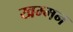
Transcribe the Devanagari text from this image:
खम्मन